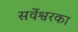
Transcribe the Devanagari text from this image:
सर्वेश्वरका